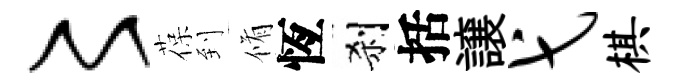
〻葆到脩恆刹括譲弋棋